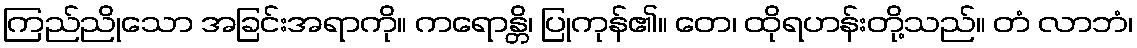
ကြည်ညိုသော အခြင်းအရာကို။ ကရောန္တိ၊ ပြုကုန်၏။ တေ၊ ထိုရဟန်းတို့သည်။ တံ လာဘံ၊